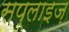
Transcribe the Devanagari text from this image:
सप्लाइज़